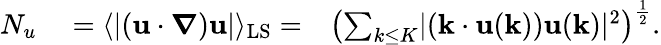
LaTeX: \begin{array}{rlr}{N_{u}}&{{}=\langle\lvert\left(\mathbf{u}\cdot\boldsymbol{\nabla}\right)\mathbf{u}\rvert\rangle_{\mathrm{LS}}=}&{\left(\sum_{k\leq{K}}\lvert\left(\mathbf{k}\cdot\mathbf{u}(\mathbf{k})\right)\mathbf{u}(\mathbf{k})\rvert^{2}\right)^{\frac{1}{2}}.}\end{array}